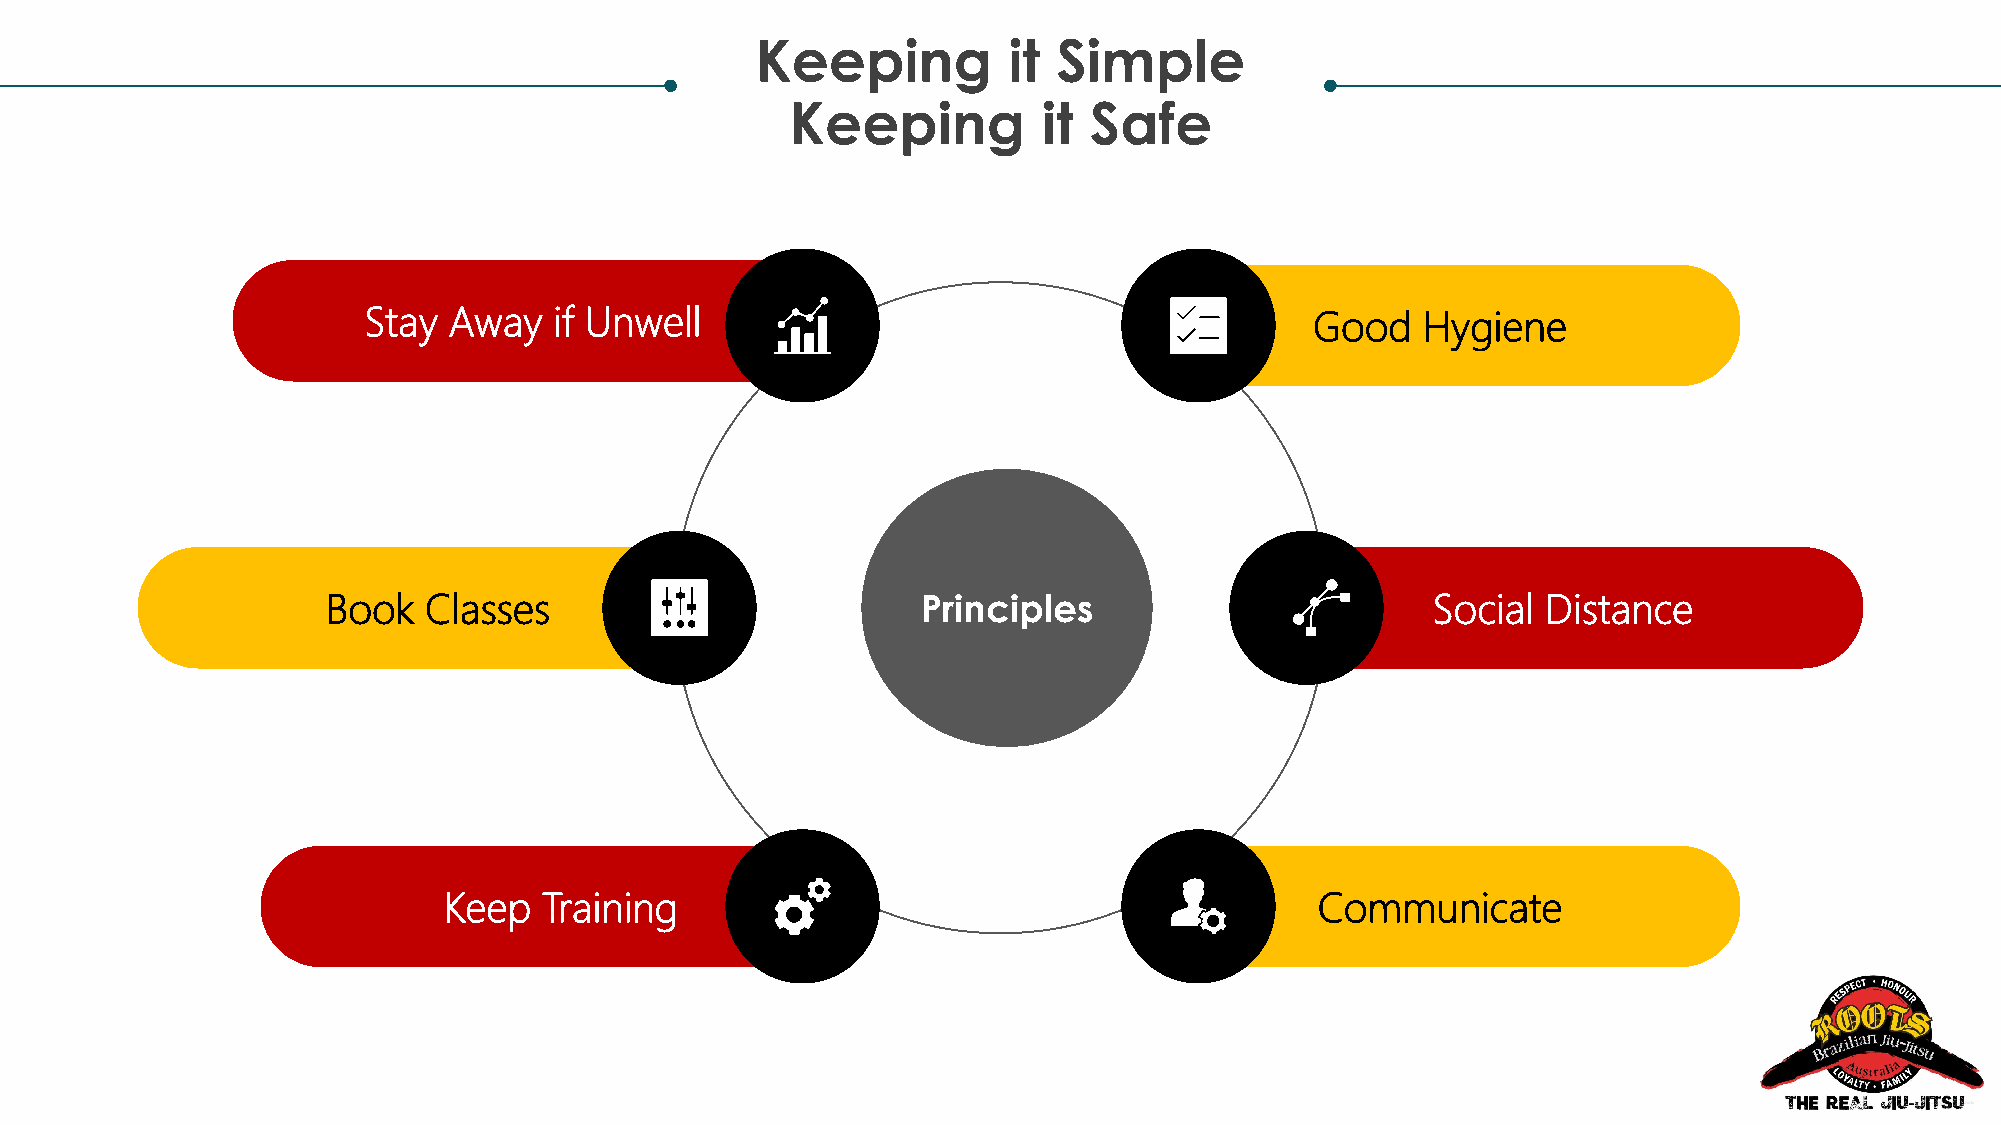
Keeping          it Simple
 Keeping          it Safe
 Stay  Away   if Unwell                                         Good   Hygiene
 Book  Classes                          Principles                        Social Distance
 Keep   Training                                           Communicate